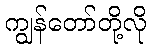
ကျွန်တော်တို့လို